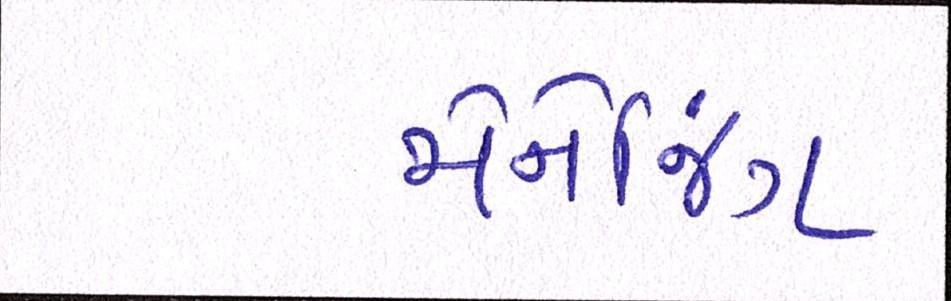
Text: મેનેજિંગ